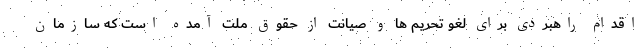
اقدام راهبردی برای لغو تحریم ها و صیانت از حقوق ملت آمده است که سازمان